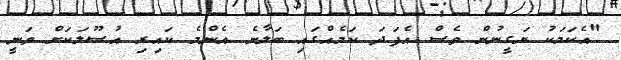
"އެކަމަކު ޔަގީނުން ވެސް އެފަދަ ކަމެއްގައި ބަލާނެ އެންމެ ކައިރި އުސޫލަކަށް ވަނީ